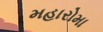
મહારોમા